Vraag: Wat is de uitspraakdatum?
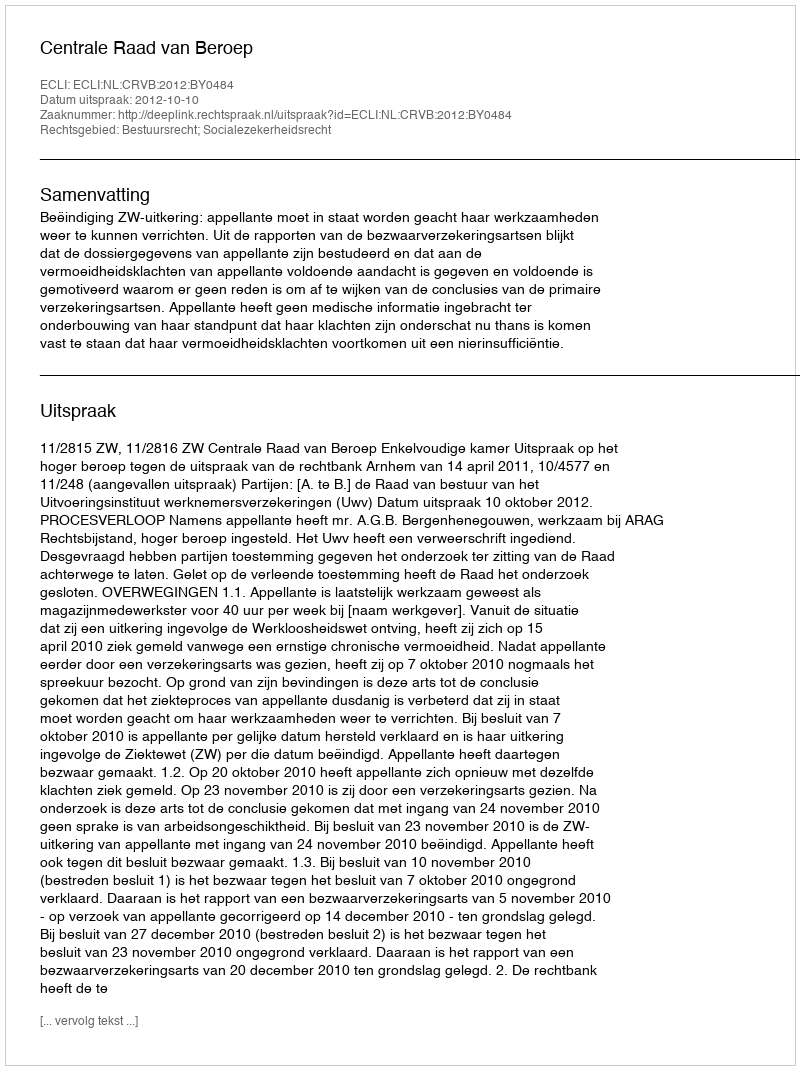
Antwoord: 2012-10-10